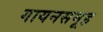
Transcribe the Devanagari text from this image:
गायनसमूह